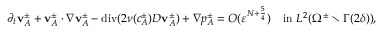
\partial _ { t } \mathbf { v } _ { A } ^ { \pm } + \mathbf { v } _ { A } ^ { \pm } \cdot \nabla \mathbf { v } _ { A } ^ { \pm } - \operatorname { d i v } ( 2 \nu ( c _ { A } ^ { \pm } ) D \mathbf { v } _ { A } ^ { \pm } ) + \nabla p _ { A } ^ { \pm } = O ( \ensuremath { \varepsilon } ^ { N + \frac 5 4 } ) \quad \mathrm { i n ~ } L ^ { 2 } ( \Omega ^ { \pm } \setminus \Gamma ( 2 \delta ) ) ,